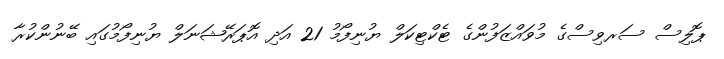
ޕޮލިސް ސަރވިސްގެ މުވައްޒަފުންގެ ޓެކްޓިކަލް ޔުނިފޯމު 21 އަދި އޮޕަރޭޝަނަލް ޔުނިފޯމުގައި ބޭނުންކުރާ